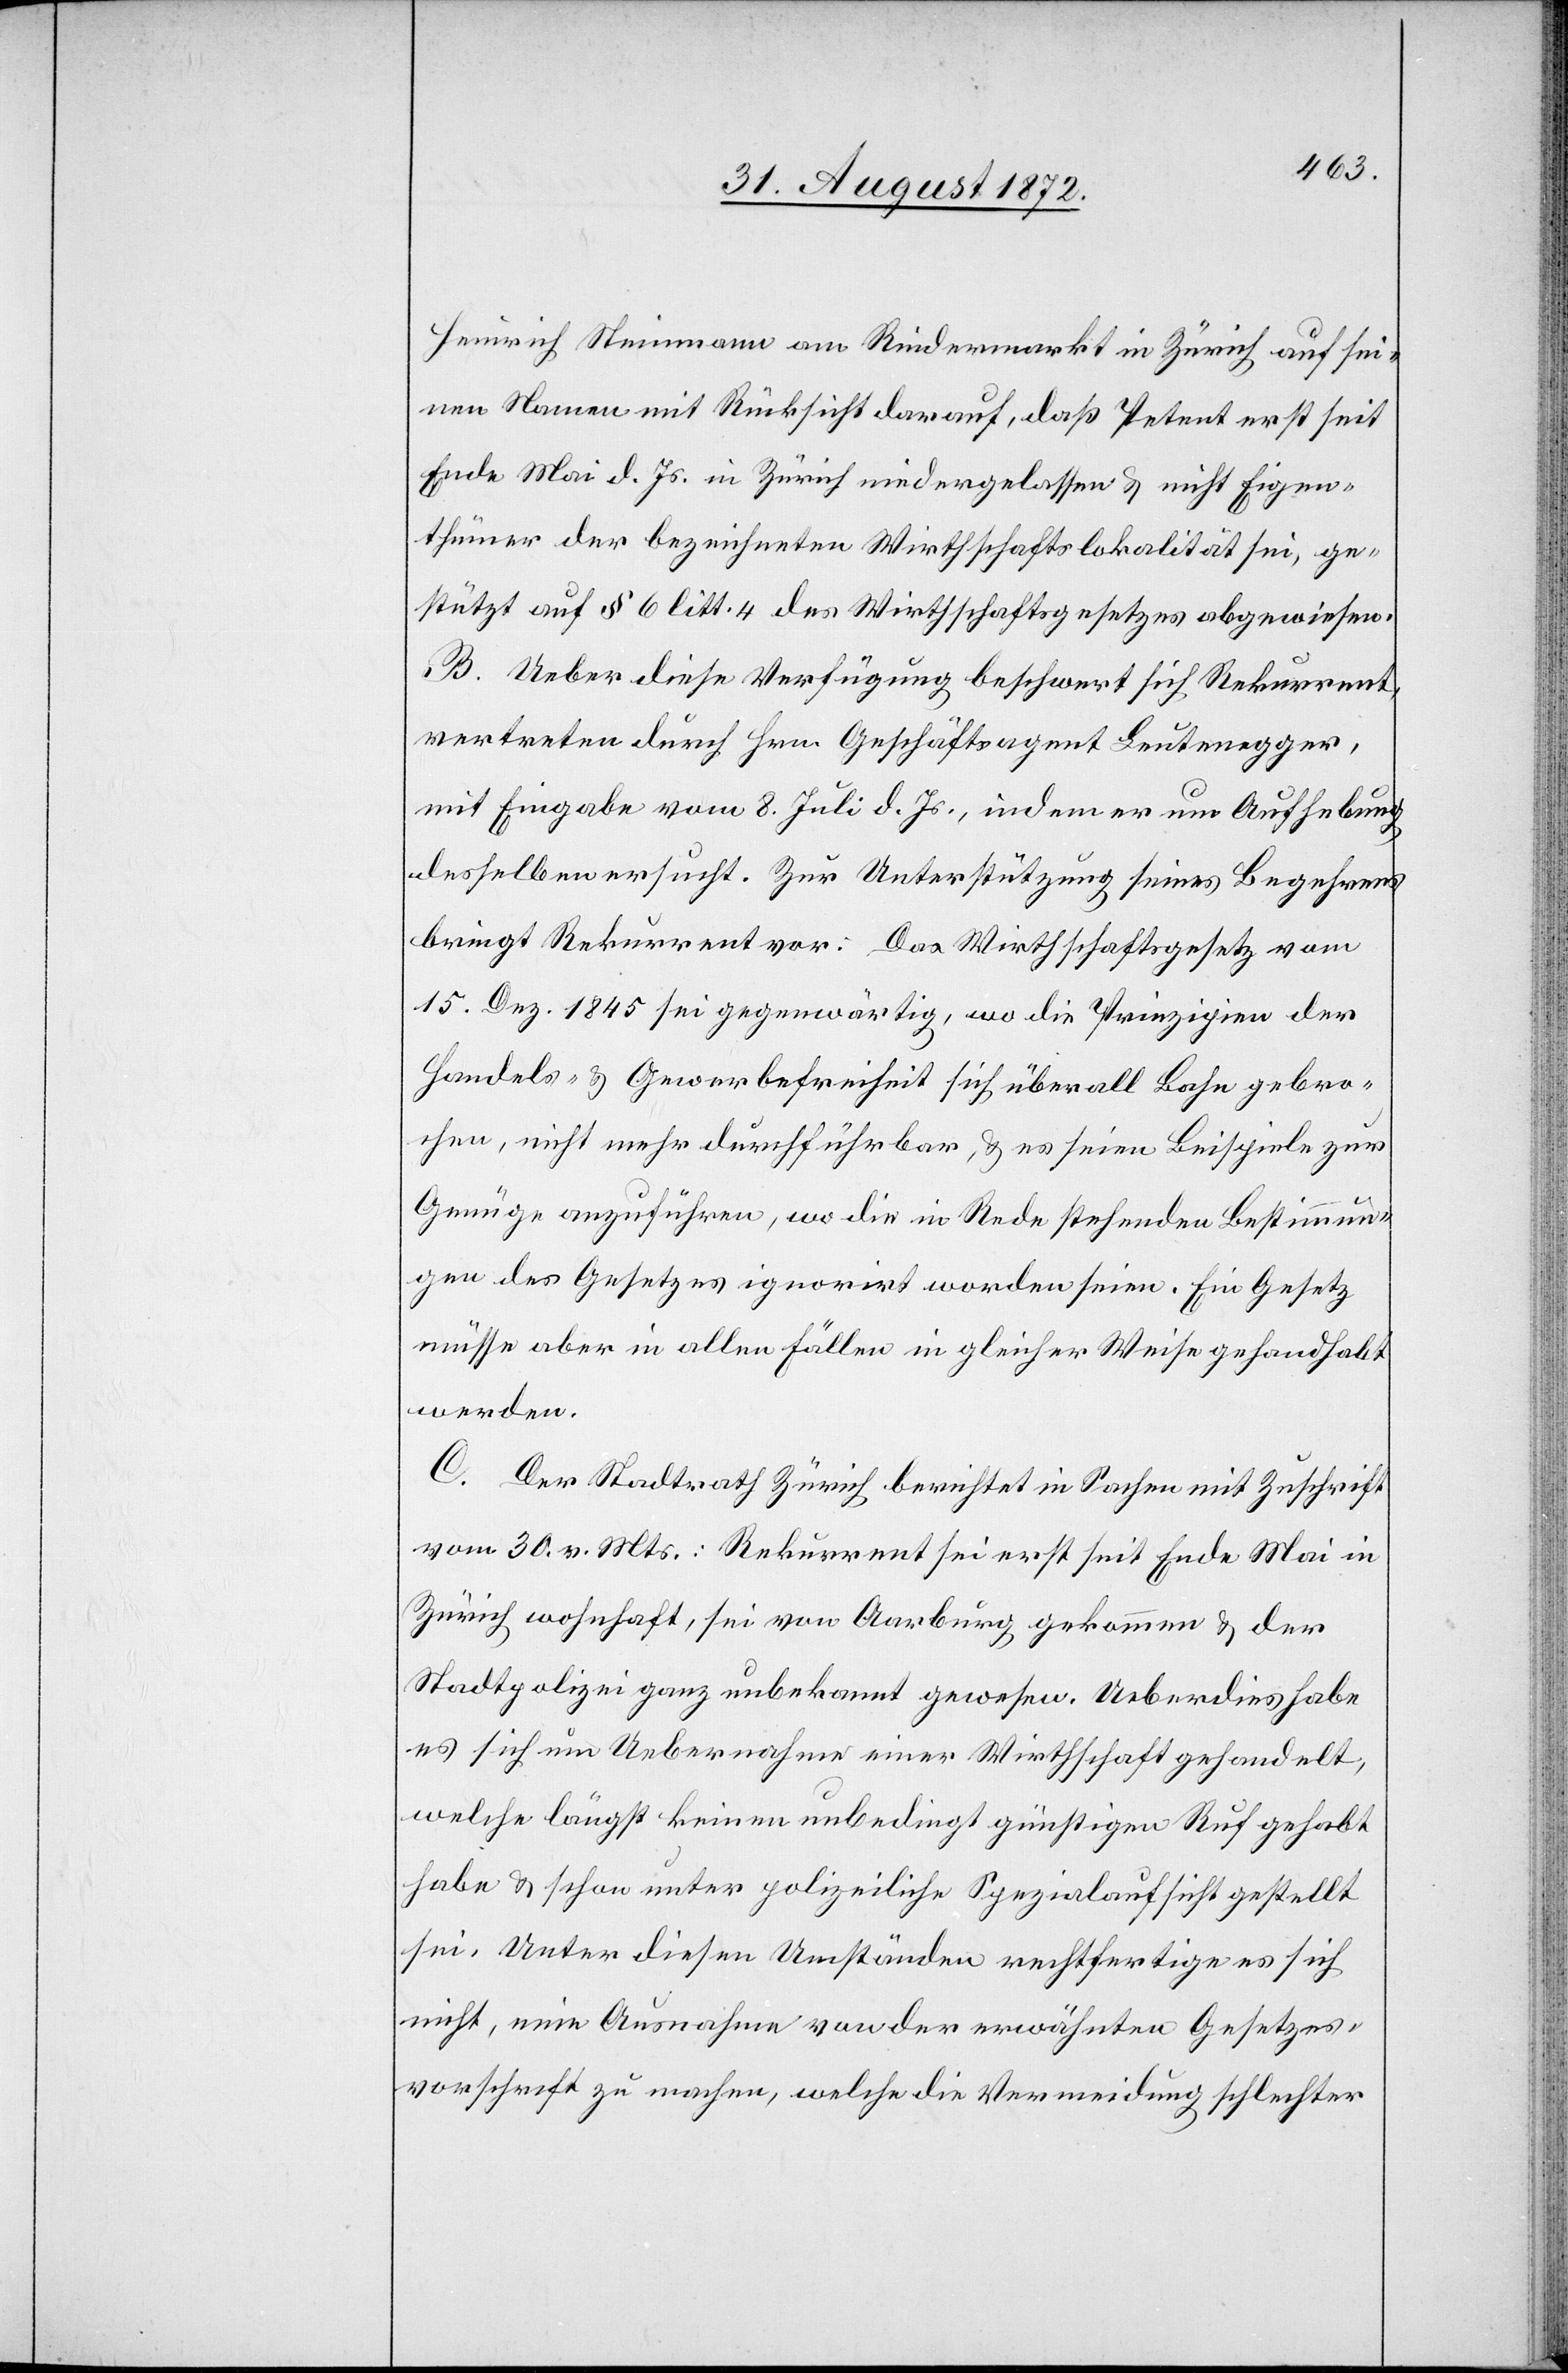
Heinrich Steinmann am Rindermarkt in Zürich auf sei¬
nen Namen mit Rücksicht darauf, daß Petent erst seit
Ende Mai d. Js. in Zürich niedergelassen u. nicht Eigen¬
thümer der bezeichneten Wirthschaftslokalität sei, ge¬
stützt auf § 6 litt. 4 des Wirthschaftsgesetzes abgewiesen.
B. Ueber diese Verfügung beschwert sich Rekurrent,
vertreten durch Hrn. Geschäftsagent Leutenegger,
mit Eingabe vom 8. Juli d. Js., indem er um Aufhebung
desselben ersucht. Zur Unterstützung seines Begehrens
bringt Rekurrent vor: Das Wirthschaftsgesetz vom
15. Dez. 1845 sei gegenwärtig, wo die Prinzipien der
Handels- u. Gewerbefreiheit sich überall Bahn gebro¬
chen, nicht mehr durchführbar, u. es seien Beispiele zur
Genüge anzuführen, wo die in Rede stehende Bestimmun¬
gen des Gesetzes ignorirt worden seien. Ein Gesetz
müsse aber in allen Fällen in gleicher Weise gehandhabt
werden.
C. Der Stadtrath Zürich berichtet in Sachen mit Zuschrift
vom 30. v. Mts.: Rekurrent sei erst seit Ende Mai in
Zürich wohnhaft, sei von Aarburg gekommen u. der
Stadtpolizei ganz unbekannt gewesen. Ueberdies habe
es sich um Uebernahme einer Wirthschaft gehandelt,
welche längst keinen unbedingt günstigen Ruf gehabt
habe u. schon unter polizeiliche Spezialaufsicht gestellt
sei. Unter diesen Umständen rechtfertige es sich
nicht, eine Ausnahme von der erwähnten Gesetzes¬
vorschrift zu machen, welche die Vermeidung schlechter